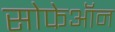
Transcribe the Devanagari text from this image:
सोफेऑन